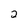
Character: 2